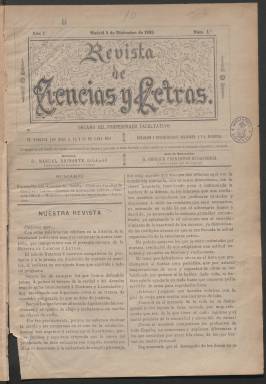
Título: Revista de ciencias y letras
Colección: Educación
Ámbito geográfico: Madrid
Lugar de publicación: Madrid
Fechas: 05/12/1895-25/12/1899